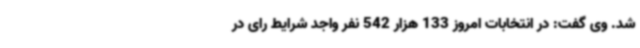
شد. وی گفت: در انتخابات امروز 133 هزار 542 نفر واجد شرایط رای در